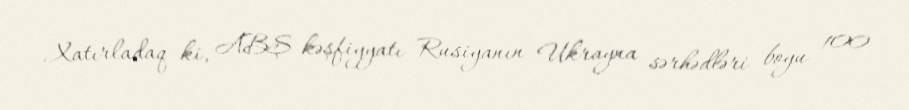
Xatırladaq ki, ABŞ kəşfiyyatı Rusiyanın Ukrayna sərhədləri boyu 100